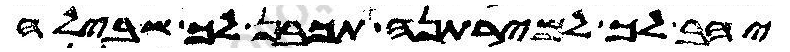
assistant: יהב לך למירתנה תכבן לך שבילה